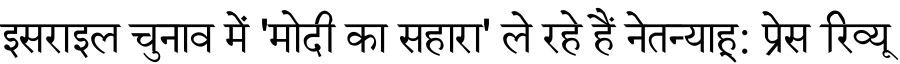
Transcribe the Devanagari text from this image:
इसराइल चुनाव में 'मोदी का सहारा' ले रहे हैं नेतन्याहू: प्रेस रिव्यू